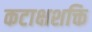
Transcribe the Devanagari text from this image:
कटाक्षशक्ति